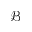
\mathcal { B }